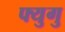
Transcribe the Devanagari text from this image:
फ्युगु